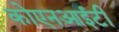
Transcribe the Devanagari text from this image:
कोएनआईटी